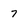
Character: 7